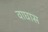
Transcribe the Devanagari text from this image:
वाघास